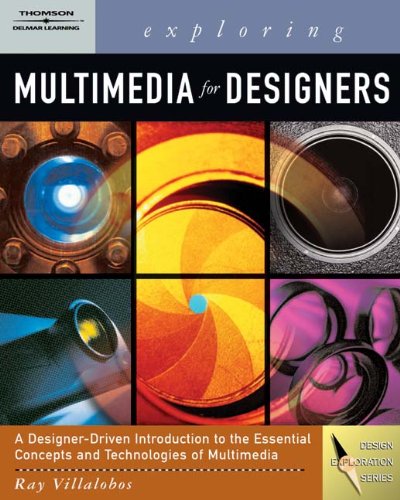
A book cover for Exploring Multimedia for Designers (Computer Animation Team); Ray Villalobos; Computers & Technology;